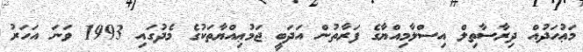
މަޢުހަދުއް ދިރާސާތިލް އިސްލާމިއްޔާގެ ފަރާތުން އަދަބީ ޖަމުޢިއްޔާތަކުގެ މެދުގައި 1993 ވަނަ އަހަރު